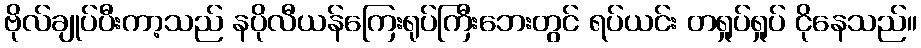
ဗိုလ်ချုပ်ပီးကာ့သည် နပိုလီယန်ကြေးရုပ်ကြီးဘေးတွင် ရပ်ယင်း တရှုပ်ရှုပ် ငိုနေသည်။